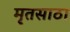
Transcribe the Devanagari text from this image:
मृतसाठा